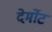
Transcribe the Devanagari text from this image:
देर्मोट